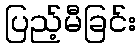
ပြည့်မီခြင်း